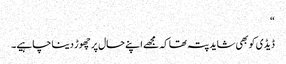
“
ڈیڈی کو بھی شاید پتہ تھا کہ مجھے اپنے حال پر چھوڑ دینا چاہیے۔